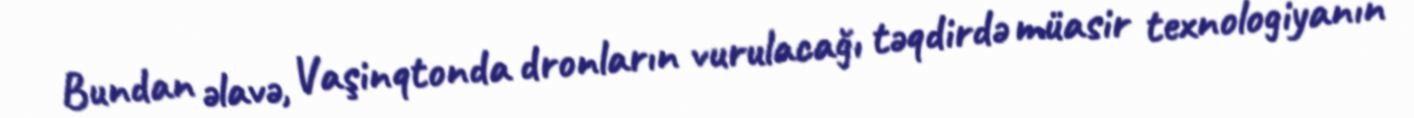
Bundan əlavə, Vaşinqtonda dronların vurulacağı təqdirdə müasir texnologiyanın